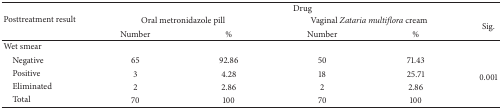
| <ROWSPAN=3> Posttreatment result | <COLSPAN=5> Drug |
 | <COLSPAN=2> Oral metronidazole pill | <COLSPAN=2> Vaginal Zataria multiflora cream | <ROWSPAN=2> Sig. |
 | Number | % | Number | % |
 | --- | --- | --- | --- | --- | --- |
 | Wet smear |  |  |  |  |  |
 | Negative | 65 | 92.86 | 50 | 71.43 | <ROWSPAN=4> 0.001 |
 | Positive | 3 | 4.28 | 18 | 25.71 |
 | Eliminated | 2 | 2.86 | 2 | 2.86 |
 | Total | 70 | 100 | 70 | 100 |